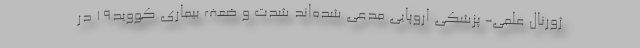
ژورنال علمی- پزشکی اروپایی مدعی شده‌اند شدت و ضعف بیماری کووید19 در